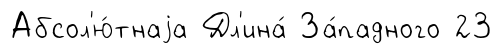
Абсол'ю́тнаjа Дл'ина́ За́падного 23